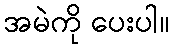
အမဲကို ပေးပါ။